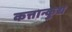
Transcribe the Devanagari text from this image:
कत्तान्कुद्य